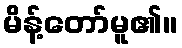
မိန့်တော်မူ၏။